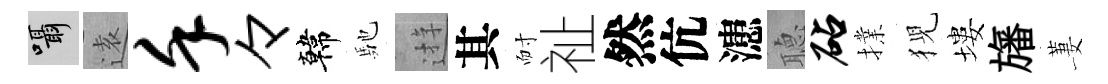
囁逺堇々韓馳逰其耐祉然伉漶𦗟砧擈猊塿旛萋